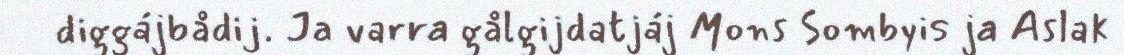
diggájbådij. Ja varra gålgijdatjáj Mons Sombyis ja Aslak